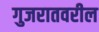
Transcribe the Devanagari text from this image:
गुजरातवरील